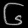
Digit: ၆